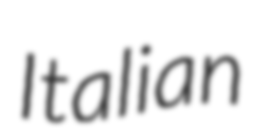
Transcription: Italian